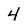
Character: 4